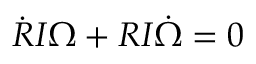
\dot { R } I { \boldsymbol \Omega } + R I \dot { \boldsymbol \Omega } = 0